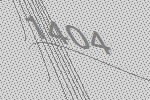
1404